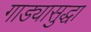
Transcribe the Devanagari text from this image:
गाड्यासुद्धा